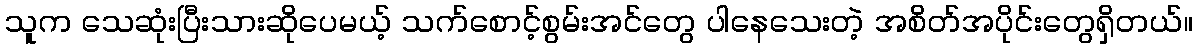
သူက သေဆုံးပြီးသားဆိုပေမယ့် သက်စောင့်စွမ်းအင်တွေ ပါနေသေးတဲ့ အစိတ်အပိုင်းတွေရှိတယ်။